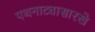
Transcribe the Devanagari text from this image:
पथनाट्यासारखे